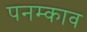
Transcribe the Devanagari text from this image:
पनम्काव